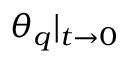
\theta _ { q } | _ { t \rightarrow 0 }